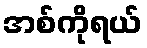
အစ်ကိုရယ်